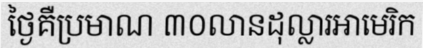
ថ្ងៃគឺប្រមាណ ៣០លានដុល្លារអាមេរិក